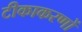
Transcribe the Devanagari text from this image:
टीकाकरणों